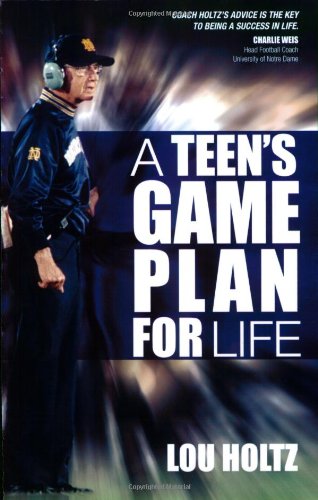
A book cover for A Teen's Game Plan for Life; Lou Holtz; Teen & Young Adult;